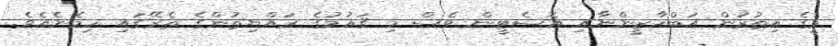
މީގެ އިތުރުން އަބްޚާޒީންނާއި އޮސެޓީން ވެސް މި ޤައުމުގެ ރައްޔިތުންގެ ތެރޭގައި ހިމެނެއެވެ.